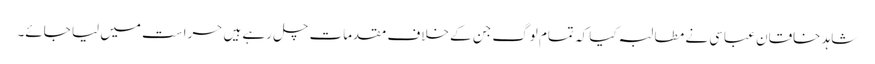
شاہد خاقان عباسی نے مطالبہ کیا کہ تمام لوگ جن کے خلاف مقدمات چل رہے ہیں حراست میں لیا جائے۔